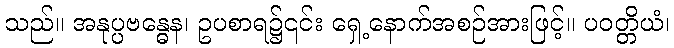
သည်။ အနုပ္ပဗန္ဓေန၊ ဥပစာရ၌၎င်း ရှေ့နောက်အစဉ်အားဖြင့်။ ပဝတ္တိယံ၊